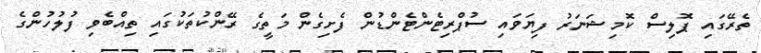
ތެރޭގައި ޕޮލިސް ކޮމިޝަނަރު ފިޔަވައި ސުޕްރިޓެންޓެންޑުން ފެށިގެން މަތީގެ ރޭންކުތަކުގައި ތިއްބެވި ފުލުހުންގެ